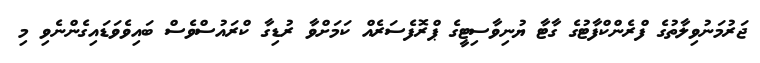
ޖަރުމަނުވިލާތުގެ ފްރެންކްފާޓުގެ ގާޓާ ޔުނިވާސިޓީގެ ޕްރޮފެސަރެއް ކަމަށްވާ ރުޑިގާ ކްރައުސްވެސް ބައިވެވަޑައިގެންނެވި މި